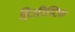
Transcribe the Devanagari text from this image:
हिउरिस्टिक